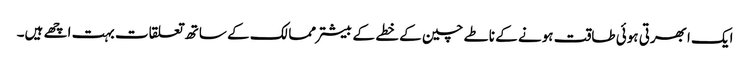
ایک ابھرتی ہوئی طاقت ہونے کے ناطے چین کے خطے کے بیشتر ممالک کے ساتھ تعلقات بہت اچھے ہیں۔